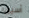
آسيوية